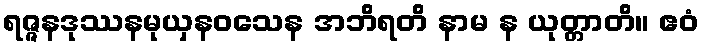
ရဇ္ဇနဒုဿနမုယှနဝသေန အဘိရတိ နာမ န ယုတ္တာတိ။ ဧဝံ